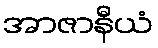
အာဇာနီယံ